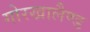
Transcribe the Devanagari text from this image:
गोरखालैण्ड